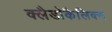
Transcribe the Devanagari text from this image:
क्लैडोकैलिक्स